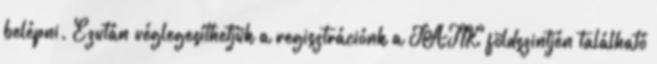
belépni. Ezután véglegesíthetjük a regisztrációnk a JATIK földszintjén található